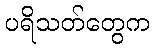
ပရိသတ်တွေက